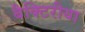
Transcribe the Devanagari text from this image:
बैक्टिरीया